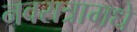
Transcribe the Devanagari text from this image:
नवरात्रामधे